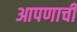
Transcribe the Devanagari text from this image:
आपणाची